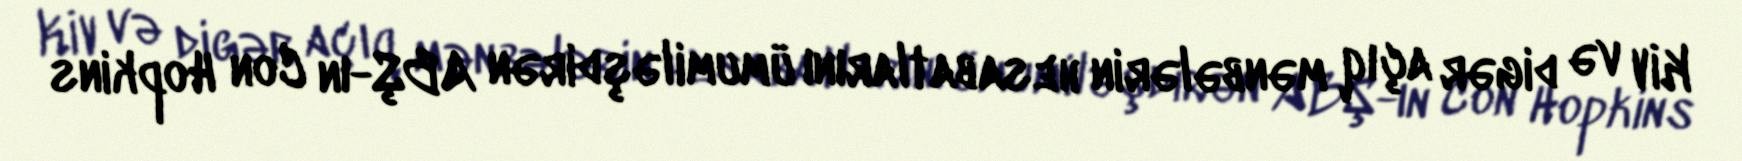
KİV və digər açıq mənbələrin hesabatlarını ümumiləşdirən ABŞ-ın Con Hopkins